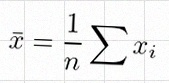
\bar{x}=\frac1n\sum x_i